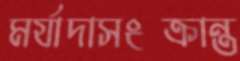
মর্যাদাসংক্রান্ত